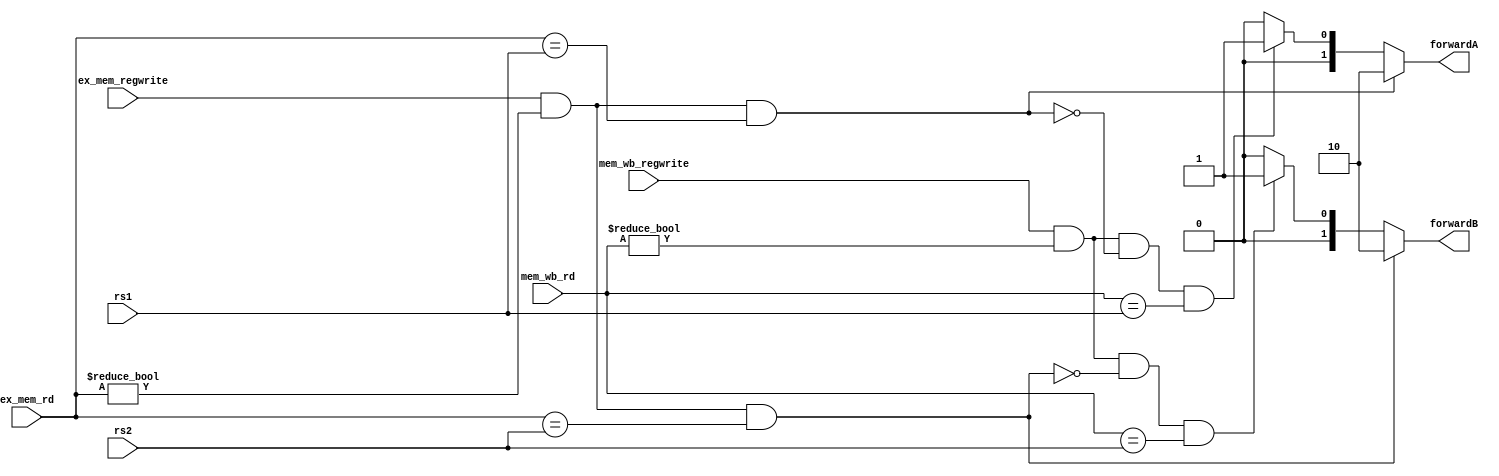
`timescale 1ns / 1ps
//////////////////////////////////////////////////////////////////////////////////
// Company: 
// Engineer: 
// 
// Design Name: 
// Module Name: forwarding
// Project Name: 
// Target Devices: 
// Tool Versions: 
// Description: 
// 
// Dependencies: 
// 
// Revision:
// Revision 0.01 - File Created
// Additional Comments:
// 
//////////////////////////////////////////////////////////////////////////////////


module forwarding(input [4:0] rs1,          //adresa registrului sursa 1 in etapa EX
                  input [4:0] rs2,          //adresa registrului sursa 2 in etapa EX
                  input [4:0] ex_mem_rd,    //adresa registrului destinatie in etapa MEM
                  input [4:0] mem_wb_rd,    //adresa registrului destinatie in etapa WB
                  input ex_mem_regwrite,    //semnalul de control RegWrite in etapa MEM
                  input mem_wb_regwrite,    //semnalul de control RegWrite in etapa WB
                  output reg [1:0] forwardA, forwardB); //semnalele de selectie a multiplexoarelor
                                                        //ce vor alege valoarea ce trebuie bypassata
    always@(*) 
    begin
        if(ex_mem_regwrite && (ex_mem_rd != 0) && (ex_mem_rd == rs1))
        begin
            forwardA <= 2'b10;
        end
        else if(mem_wb_regwrite && (mem_wb_rd != 0) && ~(ex_mem_regwrite && (ex_mem_rd != 0)
        && (ex_mem_rd == rs1)) && (mem_wb_rd == rs1))
        begin
            forwardA <= 2'b01;
        end
        else
        begin
            forwardA <= 2'b00;
        end
            
        if(ex_mem_regwrite && (ex_mem_rd != 0) && (ex_mem_rd == rs2))
        begin
            forwardB <= 2'b10;
        end
        else if(mem_wb_regwrite && (mem_wb_rd != 0) && ~(ex_mem_regwrite && (ex_mem_rd != 0)
        && (ex_mem_rd == rs2)) && (mem_wb_rd == rs2))
        begin
            forwardB <= 2'b01;
        end
        else
        begin
            forwardB <= 2'b00;
        end
    end
endmodule